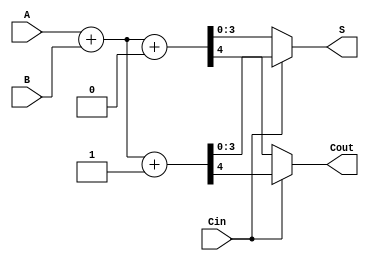
module CarrySelectAdder4bit (
    input  [3:0] A,
    input  [3:0] B,
    input        Cin,
    output [3:0] S,
    output       Cout
);
    wire [3:0] S0, S1; // Sum when Cin=0 and Cin=1
    wire C0, C1;       // Carry out when Cin=0 and Cin=1

    assign {C0, S0} = A + B + 0; // Sum with Cin=0
    assign {C1, S1} = A + B + 1; // Sum with Cin=1

    // Mux to select the appropriate sum and carry out
    assign S = (Cin) ? S1 : S0;
    assign Cout = (Cin) ? C1 : C0;
endmodule